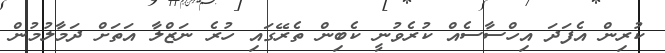
ކުރިން އެފަދަ އިހްސާސެއް ކުރެވުނީ ކެބިން ތެރޭގައި ހުރެ ނަޒްލާ އަތަށް ދަމާލުމުން